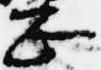
正